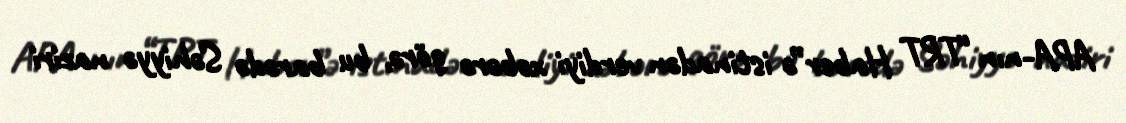
APA-nın “TRT Haber”ə istinadən verdiyi xəbərə görə, bu barədə Səhiyyə naziri